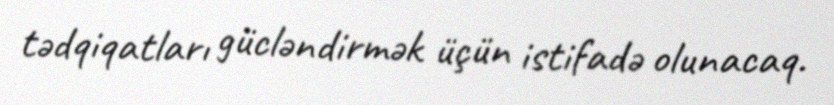
tədqiqatları gücləndirmək üçün istifadə olunacaq.